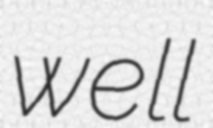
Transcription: well